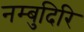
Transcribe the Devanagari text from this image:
नम्बुदिरि